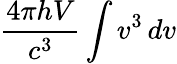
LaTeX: {\frac{4\pi hV}{c^{3}}}\int v^{3}\, dv